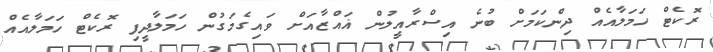
ރޮކެޓް ހަމަލާއެއް ދިންކަމަށް ބުނެ އިސްރާއީލުން ޣައްޒާއަށް ވައިގެމަގުން ހަމަލާދީފި ރޮކެޓް ހަމަލާއެއް